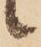
候